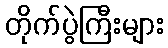
တိုက်ပွဲကြီးများ